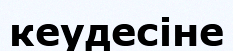
кеудесіне